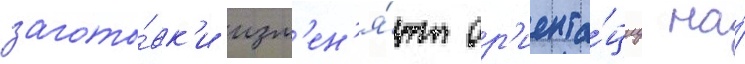
загото́вк'и изм'ен'я́ют ор'иента́циу на́